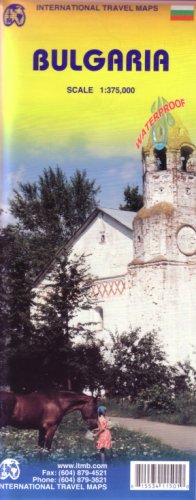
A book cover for Bulgaria 1:375,000 Travel Map (International Travel Maps); ITM Canada; Travel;